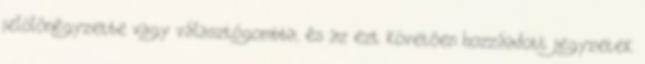
jelölőnégyzetbe vagy választógombba, és az ezt követően hozzáadott jegyzetek